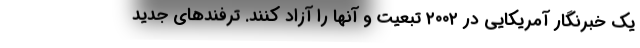
یک خبرنگار آمریکایی در ۲۰۰۲ تبعیت و آنها را آزاد کنند. ترفندهای جدید